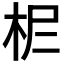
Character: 𣐓